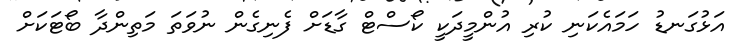
އަޅުގަނޑު ހަމައެކަނި ކުރި އުންމީދަކީ ކޯސްޓް ގާޑަށް ފެނިގެން ނުވަތަ މަތިންދާ ބޯޓަކަށް